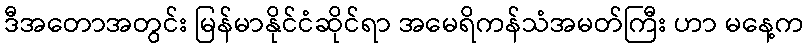
ဒီအတောအတွင်း မြန်မာနိုင်ငံဆိုင်ရာ အမေရိကန်သံအမတ်ကြီး ဟာ မနေ့က